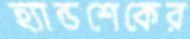
হ্যান্ডশেকের